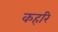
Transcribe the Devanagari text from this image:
कहरि